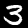
Digit: 3